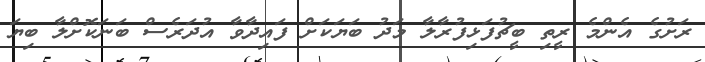
ރަށުގެ އެންމެ ރީތި ބީޗުފަޅިފުރާލާ މަދު ބަޔަކަށް ފައިދާވާ އުދަރެސް ބަނަކޮށްލާ ބިޔަ